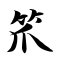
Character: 笊